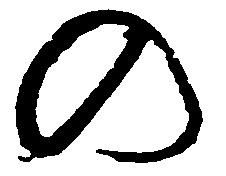
の